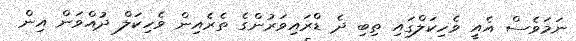
ނަމަވެސް އެއީ ވެހިކަލްގައި ތިބި ދެ ޑްރައިވަރުންގެ ތެރެއިން ވެހިކަލް ދުއްވަން އިން